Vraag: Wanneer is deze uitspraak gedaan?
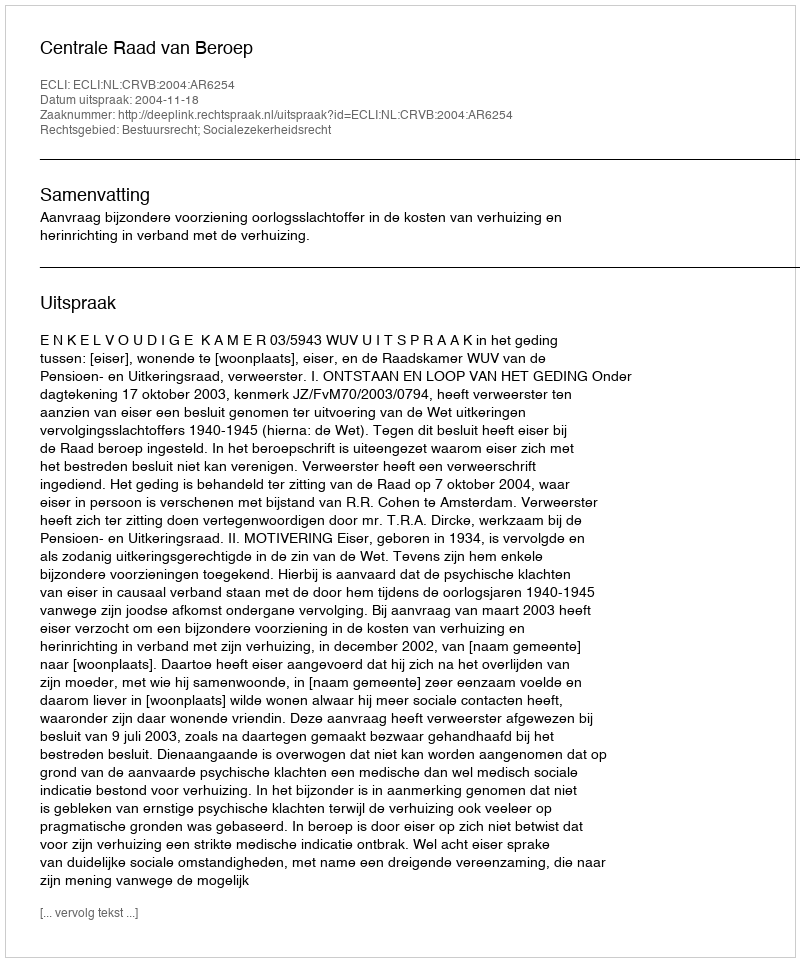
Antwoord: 2004-11-18